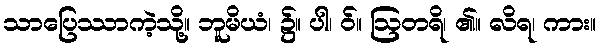
သာပြေဿာကဲ့သို့။ ဘူမိယံ၊ ၌။ ပါ၊ ဝ်။ ဩတရိ၊ ၏။ လိရ၊ ကား။